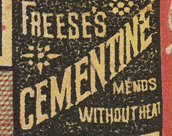
CEMENTINE